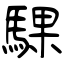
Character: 騍